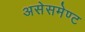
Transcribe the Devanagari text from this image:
असेसमेण्ट